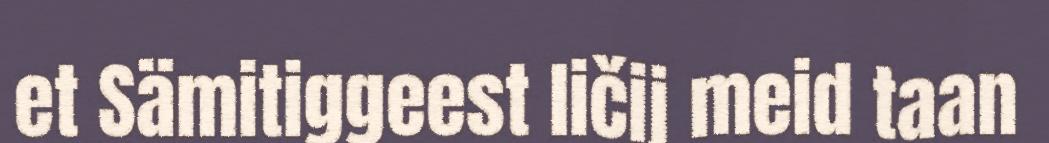
et Sämitiggeest ličij meid taan